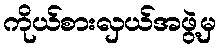
ကိုယ်စားလှယ်အဖွဲ့မှ